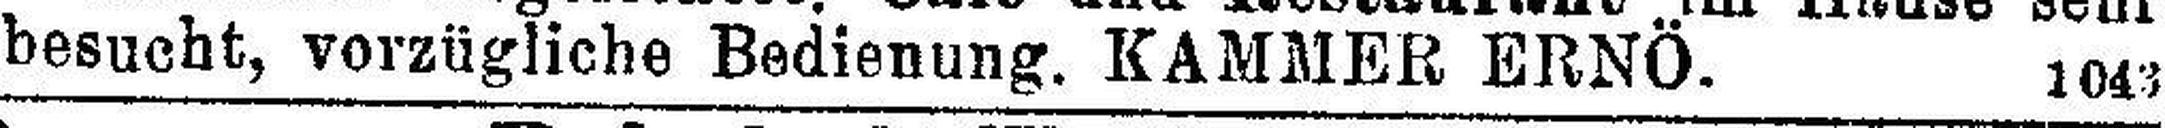
besucht, vorzügliche Bedienung. KAMMER ERNÖ. 1043